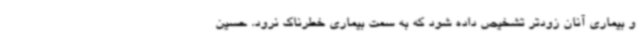
و بیماری آنان زودتر تشخیص داده شود که به سمت بیماری خطرناک نرود. حسین